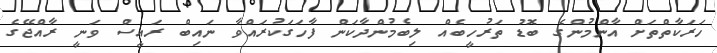
ހަރަކާތްތަށް އާންމުންގެ ބޮޑު ތަރުހީބެއް ލިބެމުންދާކަން ފާހަގަކުރައްވާ ނައިބް ރައީސް ވަނީ ރާއްޖޭގެ